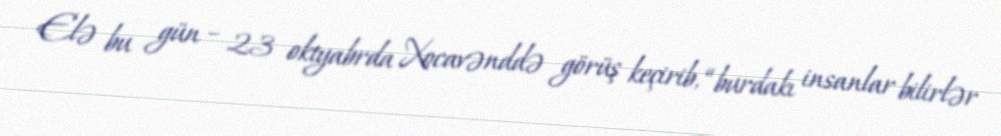
Elə bu gün – 23 oktyabrda Xocavənddə görüş keçirib, “burdakı insanlar bilirlər